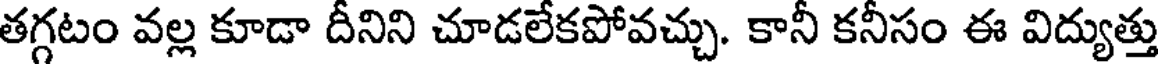
తగ్గటం వల్ల కూడా దీనిని చూడలేకపోవచ్చు. కానీ కనీసం ఈ విద్యుత్తు